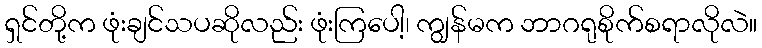
ရှင်တို့က ဖုံးချင်သပဆိုလည်း ဖုံးကြပေါ့၊ ကျွန်မက ဘာဂရုစိုက်စရာလိုလဲ။